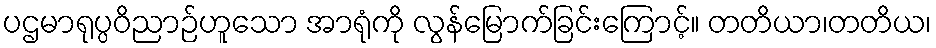
ပဌမာရုပ္ပဝိညာဉ်ဟူသော အာရုံကို လွန်မြောက်ခြင်းကြောင့်။ တတိယာ၊တတိယ၊